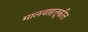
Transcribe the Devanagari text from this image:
मालवाहतूकीत